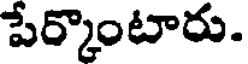
పేర్కొంటారు.